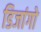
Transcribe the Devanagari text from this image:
डिजांगो